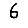
Digit: 6